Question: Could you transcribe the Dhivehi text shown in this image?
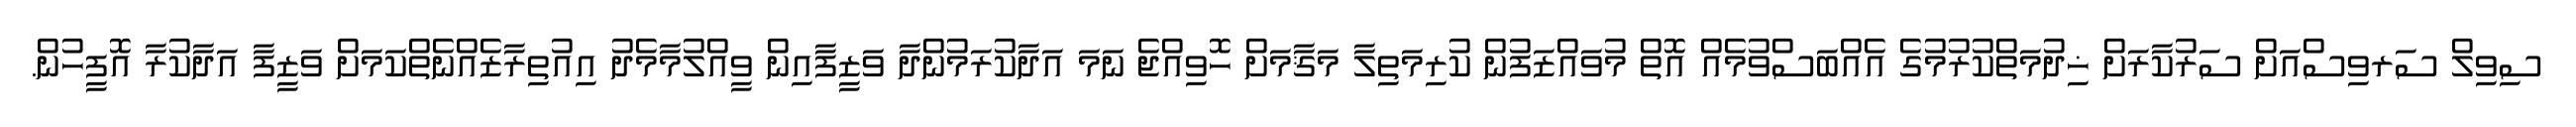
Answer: ސިވިލް ސަރވިސްއަށް ސަރުކާރަށް ޚިދުމަތްކުރުމުގެ އެއްބަސްވުމެއް އޮތް މުވައްޒަފުން ކުރިމަތިލާ މަޤާމަށް ހޮވިއްޖެ ނަމަ އަދާކުރަމުންދާ ވަޒީފާއިން ވީއްލުމާމެދު އިއުތިރާޒެއްނެތްކަމަށް ވަޒީފާ އަދާކުރާ އޮފީހުން.